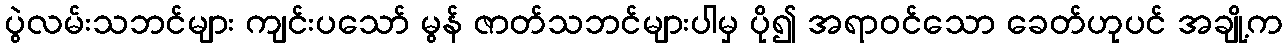
ပွဲလမ်းသဘင်များ ကျင်းပသော် မွန် ဇာတ်သဘင်များပါမှ ပို၍ အရာဝင်သော ခေတ်ဟုပင် အချို့က